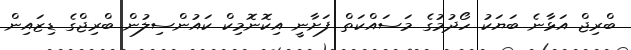
ބްރިޖް އަޅާނެ ބަޔަކު ހޯދުމުގެ މަސައްކަތް ފަށާނީ އިކޮނޮމިކް ކައުންސިލުން ބްރިޖްގެ ޑިޒައިން